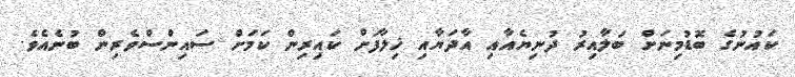
ކައުނުގެ ބޮޑުމިނަށް ބަލާއިރު ދުނިޔެއާއި އާދަޔާއި ޚިލާފަށް ކައިރިން ކަމަށް ސައިންސްވެރިން ބުނެއެވެ.